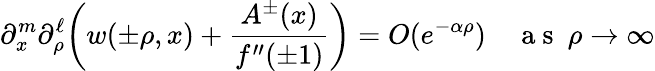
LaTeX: \partial_{x}^{m}\partial_{\rho}^{\ell}\bigg(w(\pm\rho,x)+\frac{A^{\pm}(x)}{f^{\prime\prime}(\pm 1)}\bigg)=O(e^{-\alpha\rho})\quad\mathrm{~a~s~}~\rho\to\infty